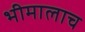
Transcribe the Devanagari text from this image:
भीमालाच